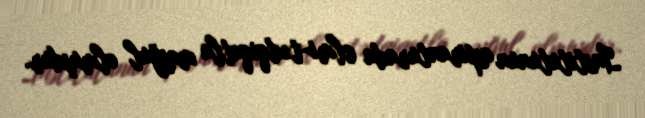
İnstitutunun aspiranturada elmi-tədqiqatla məşğul olmuşdur.